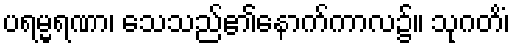
ပရမ္မရဏာ၊ သေသည်၏နောက်ကာလ၌။ သုဂတိံ၊